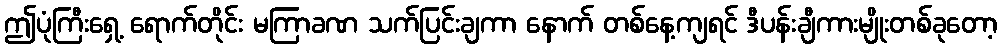
ဤပုံကြီးရှေ့ ရောက်တိုင်း မကြာခဏ သက်ပြင်းချကာ နောက် တစ်နေ့ကျရင် ဒီပန်းချီကားမျိုးတစ်ခုတော့